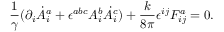
\frac { 1 } { \gamma } ( \partial _ { i } \dot { A } _ { i } ^ { a } + \epsilon ^ { a b c } A _ { i } ^ { b } \dot { A } _ { i } ^ { c } ) + \frac { k } { 8 \pi } \epsilon ^ { i j } F _ { i j } ^ { a } = 0 .